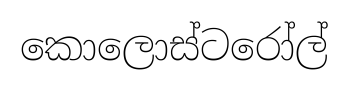
කොලොස්ටරෝල්